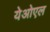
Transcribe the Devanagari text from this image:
येओएल